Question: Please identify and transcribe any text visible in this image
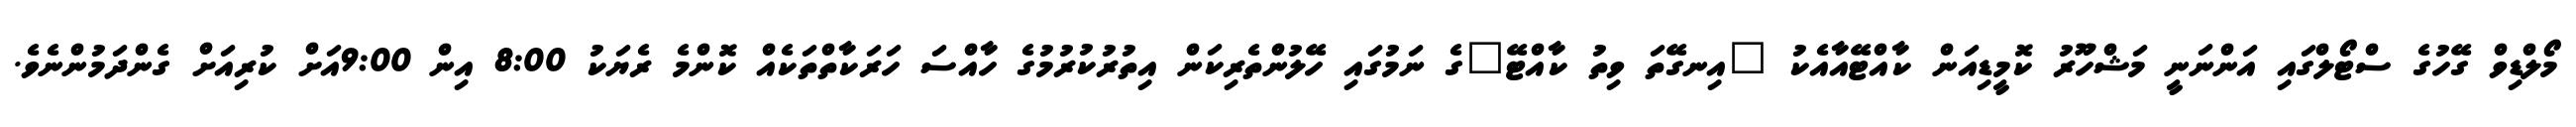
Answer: މޯލްޑިވް ގޭހުގެ ސްޓޯލްގައި އަންނަނީ މަޝްހޫރު ކޮމީޑިއަން ކާއްޓޭއާއެކު "އިނގޭތަ ވިތު ކާއްޓޭ"ގެ ނަމުގައި ހޭލުންތެރިކަން އިތުރުކުރުމުގެ ހާއްސަ ހަރަކާތްތަކެއް ކޮންމެ ރެޔަކު 8:00 އިން 9:00އަށް ކުރިއަށް ގެންދަމުންނެވެ.